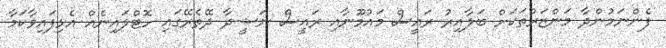
ފެންނަމުންދާ މަންޒަރުތަކަށް ބަލާއިރު ރައީސް މައުމޫނާއި ރައީސް ނަޝީދާ ދޭތެރޭގައި ހޮޓްލައިނެއް އެޅިފައިވާކަމާ